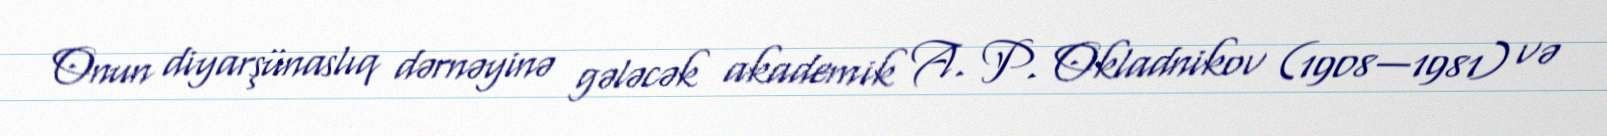
Onun diyarşünaslıq dərnəyinə gələcək akademik A. P. Okladnikov (1908—1981) və